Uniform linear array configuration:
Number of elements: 4
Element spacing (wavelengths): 0.25
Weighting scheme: cosine
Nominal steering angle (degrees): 45
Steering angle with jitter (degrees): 44.987
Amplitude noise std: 0.05
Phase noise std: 0.05

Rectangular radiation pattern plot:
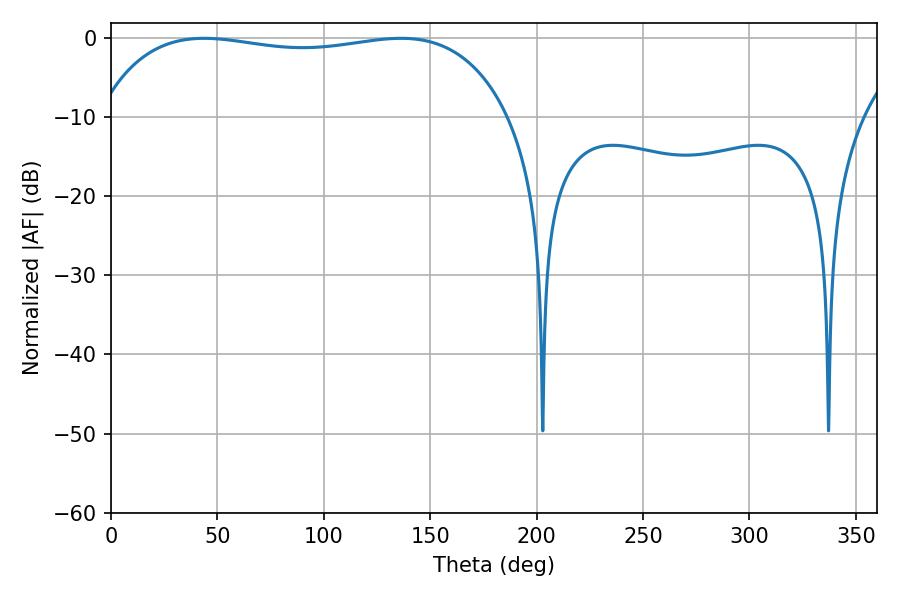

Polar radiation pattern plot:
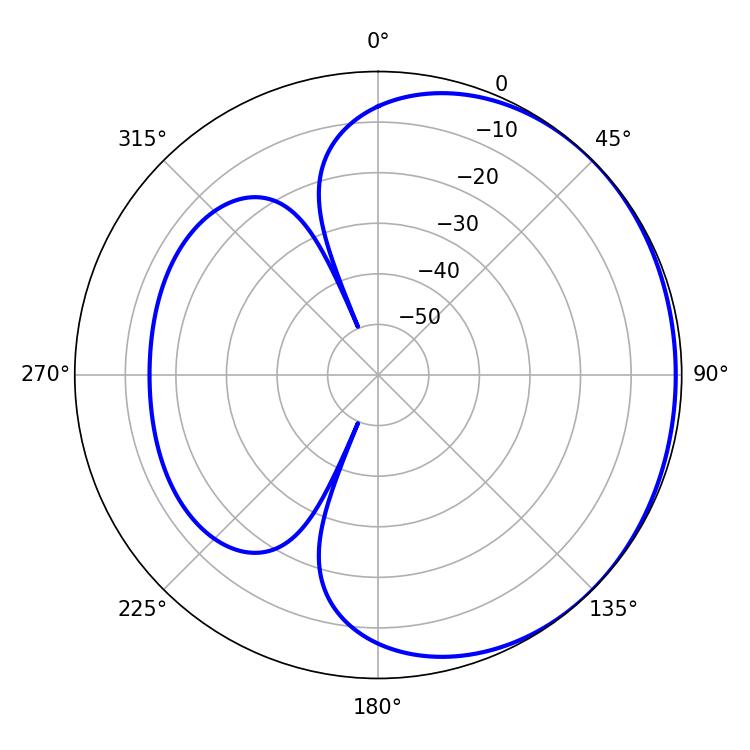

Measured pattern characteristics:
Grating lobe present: FALSE
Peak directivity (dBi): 0.8558
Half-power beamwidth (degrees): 155.52
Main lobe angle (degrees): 43.74